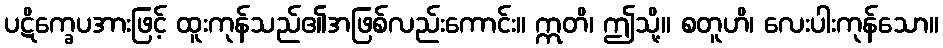
ပဋိက္ခေပအားဖြင့် ထူးကုန်သည်၏အဖြစ်လည်းကောင်း။ ဣတိ၊ ဤသို့။ စတူဟိ၊ လေးပါးကုန်သော။